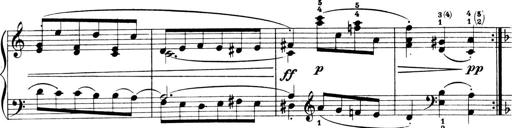
Title: 4 Sonatines
Composer: Max Reger